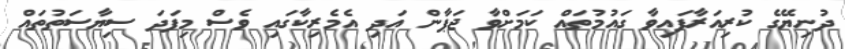
ދުނިޔޭގެ ކުރިއަރާފައިވާ ގައުމުތައް ކަމަށްވާ ޖަޕާން އަދި އެމެރިކާގައި ވެސް މިފަދަ ސިޔާސަތުތައް